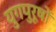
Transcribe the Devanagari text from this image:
युगपुरूषों